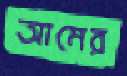
আমের